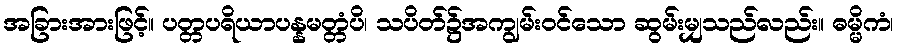
အခြားအားဖြင့်။ ပတ္တပရိယာပန္နမတ္တံပိ၊ သပိတ်၌အကျွမ်းဝင်သော ဆွမ်းမျှသည်လည်း။ ဓမ္မိကံ၊